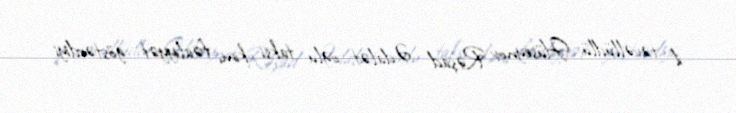
il təvəllüdlü Hüseynov Rəşad Ədalət oğlu taksi kimi fəaliyyət göstərdiyi